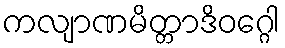
ကလျာဏမိတ္တာဒိဝဂ္ဂေါ